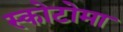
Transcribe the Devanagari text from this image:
स्कोटोमा